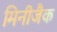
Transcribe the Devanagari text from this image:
मिनीजैक